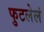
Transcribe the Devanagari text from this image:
फुटलेलं